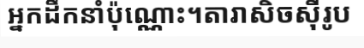
អ្នកដឹកនាំប៉ុណ្ណោះ។តារាសិចស៊ីរូប